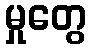
မှုတွေ